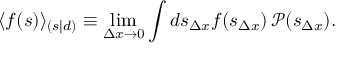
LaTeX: \langle f ( s ) \rangle _ { ( s | d ) } \equiv \operatorname* { l i m } _ { \Delta x \rightarrow 0 } \int d s _ { \Delta x } f ( s _ { \Delta x } ) \, { \mathcal { P } } ( s _ { \Delta x } ) .